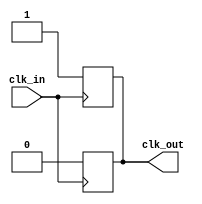
module basic_clock_buffer #(
    parameter NUM_OUTPUTS = 1  // Number of clock output signals, default is 1
)(
    input wire clk_in,          // Primary clock input
    output wire [NUM_OUTPUTS-1:0] clk_out // Buffered clock outputs
);

    // Generate the buffered clock outputs
    genvar i;
    generate
        for (i = 0; i < NUM_OUTPUTS; i = i + 1) begin : clk_buffer
            // Use a register to hold the buffered clock signal
            reg clk_out_reg;

            // Assign the output with a minimal propagation delay
            always @(posedge clk_in) begin
                clk_out_reg <= 1'b1; // Set output high on rising edge
            end

            always @(negedge clk_in) begin
                clk_out_reg <= 1'b0; // Set output low on falling edge
            end
            
            // Assign the register value to the output
            assign clk_out[i] = clk_out_reg;

        end
    endgenerate

endmodule